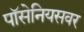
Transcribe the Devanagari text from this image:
पॉसेनियसवर